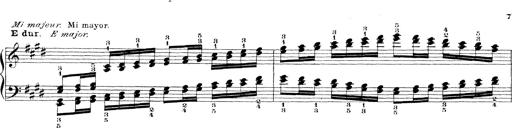
Title: Technische Studien
Composer: Franz Liszt